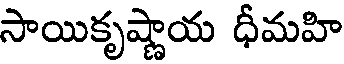
సాయికృష్ణాయ ధీమహి